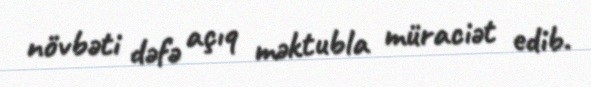
növbəti dəfə açıq məktubla müraciət edib.